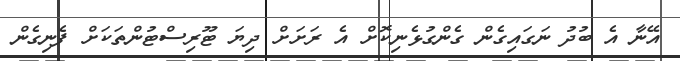
އޭނާ އެ ބުދު ނަގައިގެން ގެންގުޅެނިކޮށް އެ ރަށަށް ދިޔަ ޓޫރިސްޓުންތަކަށް ފެނިގެން